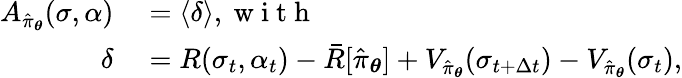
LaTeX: \begin{array}{rl}{A_{\hat{\pi}_{\boldsymbol{\theta}}}(\sigma,\alpha)}&{{}=\langle\delta\rangle,\mathrm{~w~i~t~h~}}\\ {\delta}&{{}=R(\sigma_{t},\alpha_{t})-\bar{R}[\hat{\pi}_{\boldsymbol{\theta}}]+V_{\hat{\pi}_{\boldsymbol{\theta}}}(\sigma_{t+\Delta t})-V_{\hat{\pi}_{\boldsymbol{\theta}}}(\sigma_{t}),}\end{array}